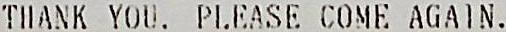
THANK YOU. PLEASE COME AGAIN.